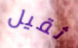
ثقيل